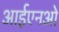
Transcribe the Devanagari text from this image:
आईएनओ